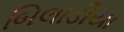
બિલાડીયા